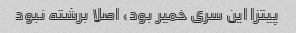
پیتزا این سری خمیر بود، اصلا برشته نبود